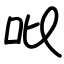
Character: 吡